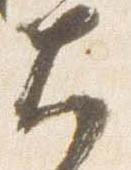
大